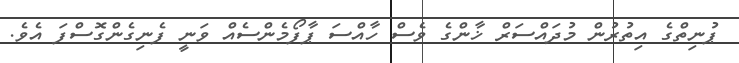
ޕުނިތްގެ އިތުރުން މުދައްސަރް ޚާންގެ ވެސް ހާއްސަ ޕާފޯމެންސެއް ވަނީ ފެނިގެންގޮސްފަ އެވެ.